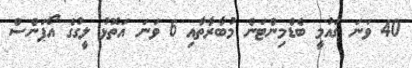
40 ވަނަ ގައުމީ ބެޑްމިންޓަން މުބާރާތާއި 6 ވަނަ އަތޮޅު ލީގުގެ އޯޕަންސް